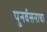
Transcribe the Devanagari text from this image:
पुनर्वसनाचा